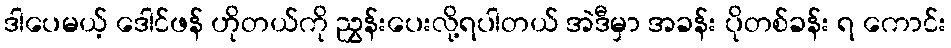
ဒါပေမယ့် ဒေါင်ဖန် ဟိုတယ်ကို ညွှန်းပေးလို့ရပါတယ် အဲဒီမှာ အခန်း ပိုတစ်ခန်း ရ ကောင်း